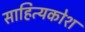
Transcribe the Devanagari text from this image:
साहित्यकोश